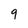
Character: q